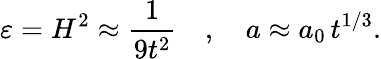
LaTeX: \varepsilon=H^{2}\approx\frac{1}{9t^{2}}\quad,\quad a\approx a_{0}\, t^{1/3}.